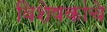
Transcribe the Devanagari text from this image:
विशेषकांचे